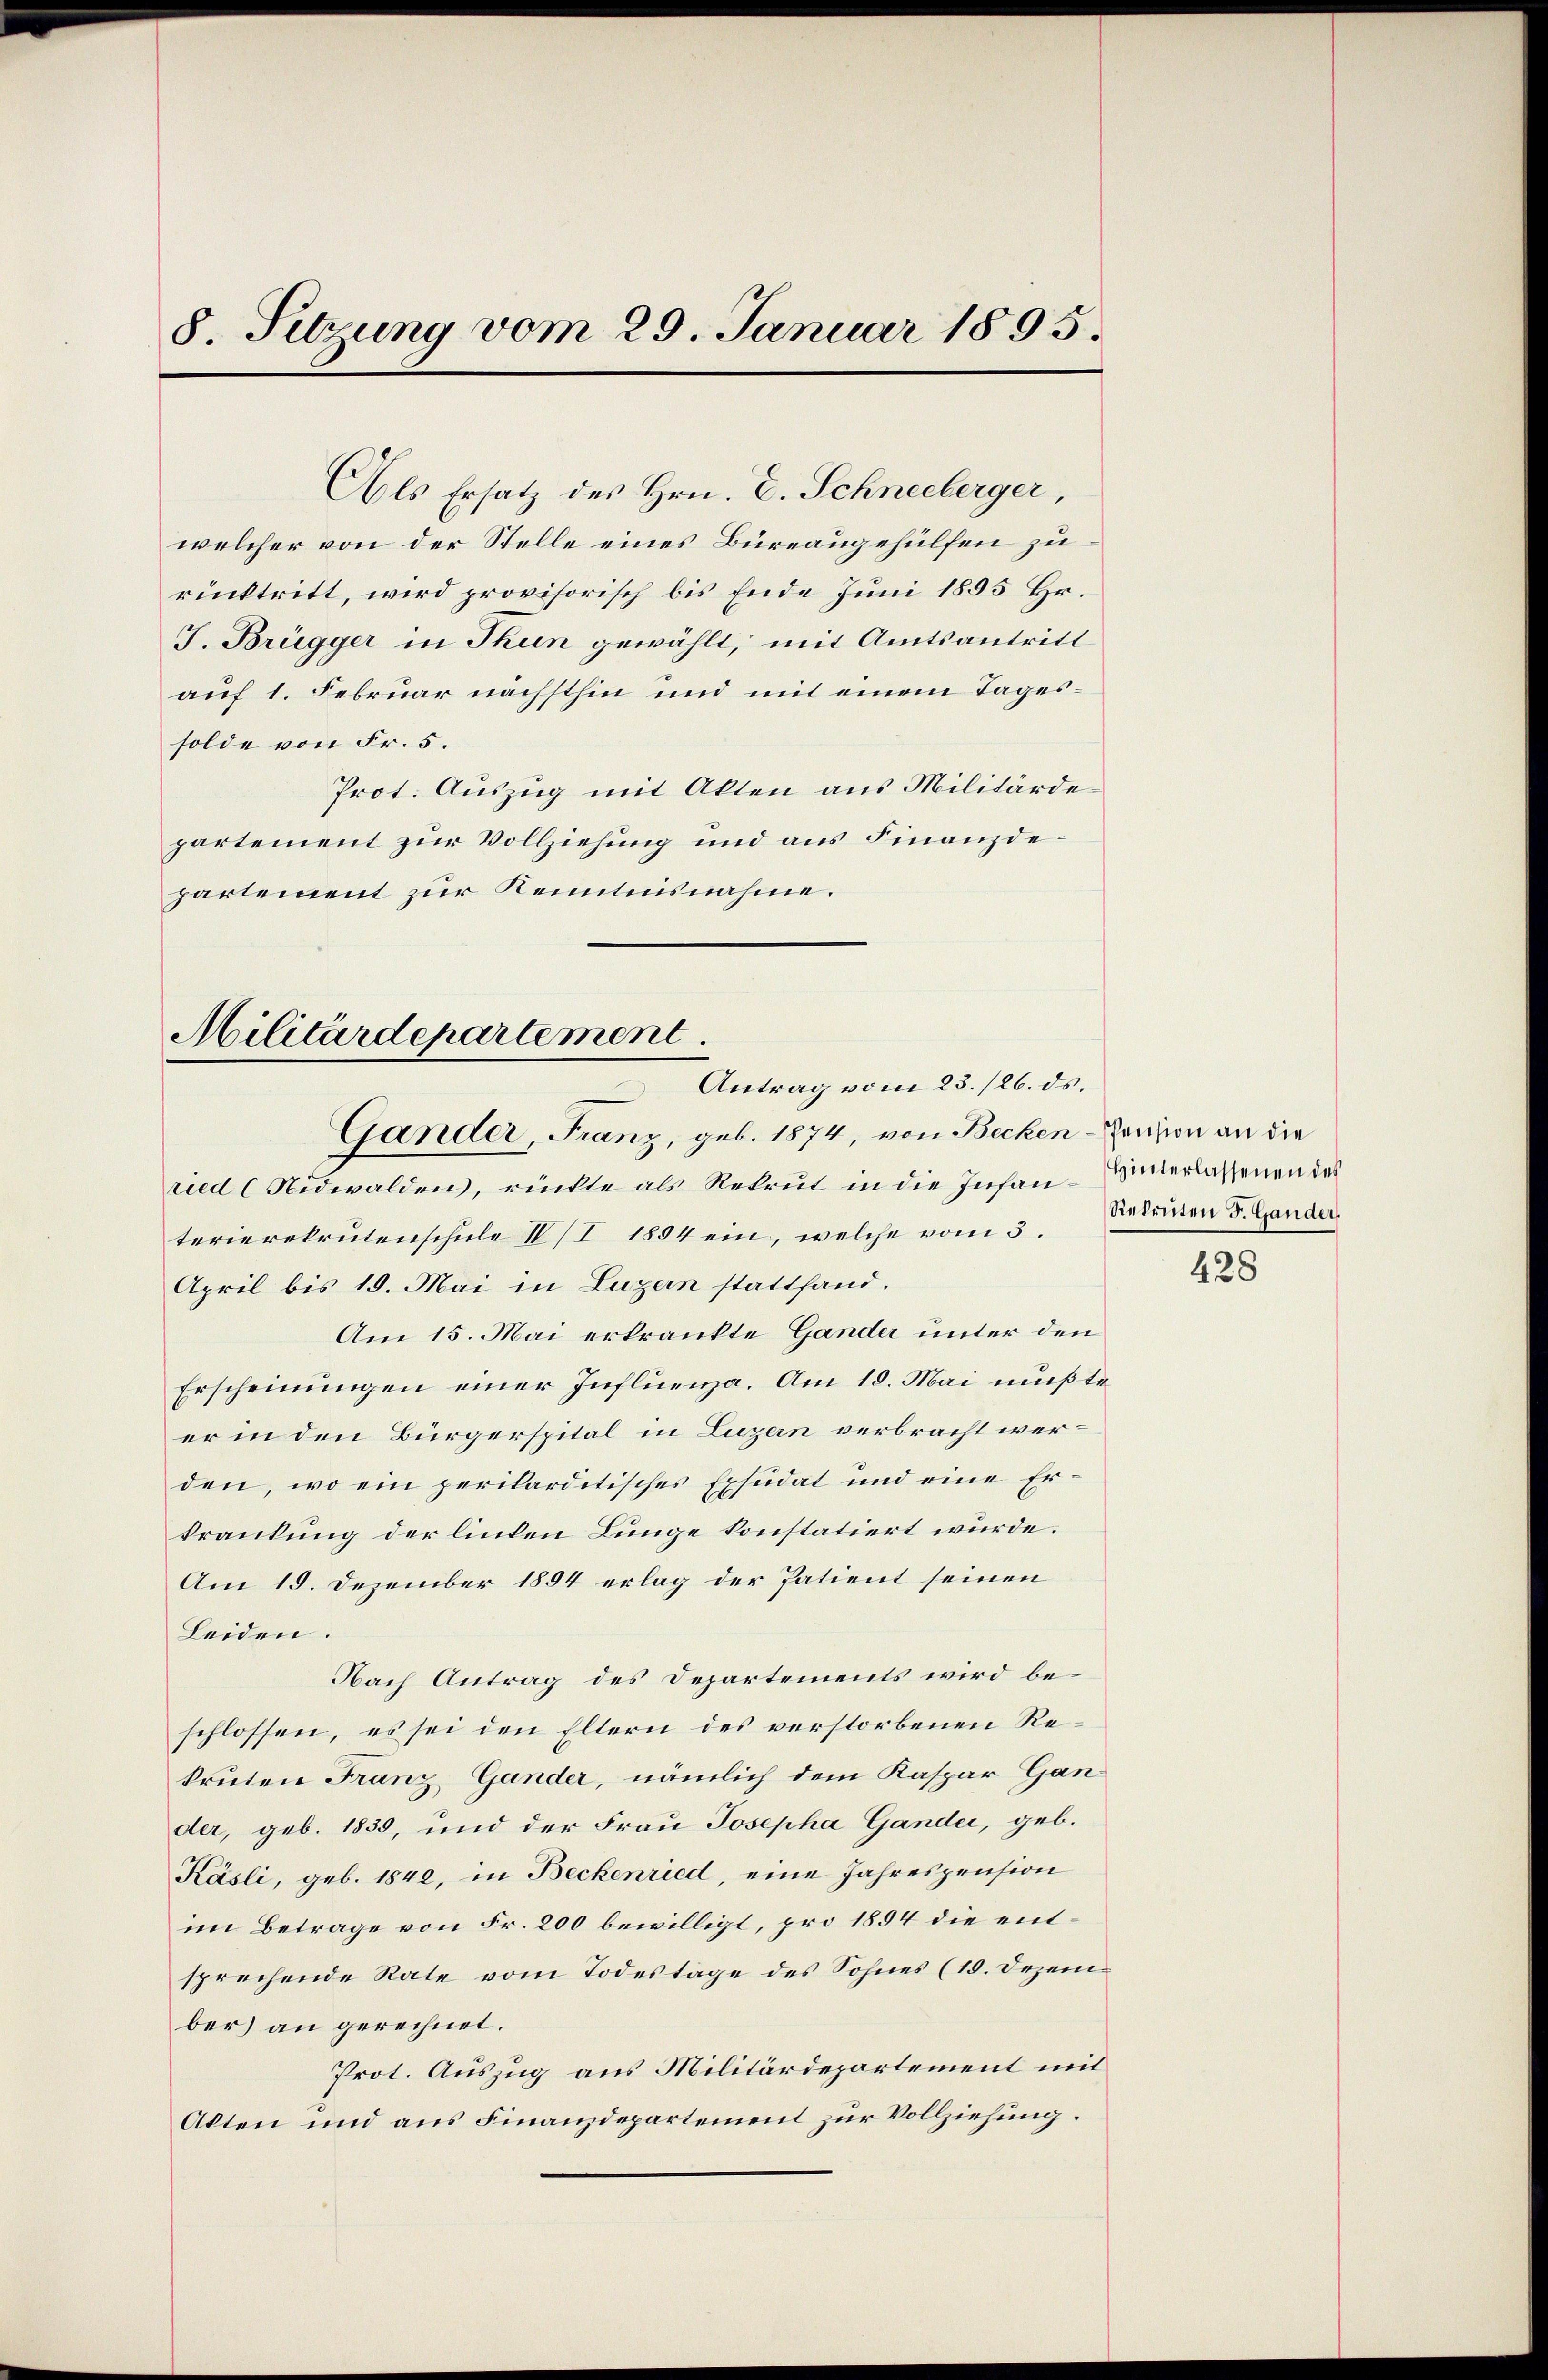
8. Sitzung vom 29. Januar 1895.

welcher von der Stelle eines Büreaugehülfen zu
rücktritt, wird provisorisch bis Ende Juni 1895 Hr.
J. Brügger in Thun gewählt, mit Amtsantritt
auf 1. Februar nächsthin und mit einem Tagessolde von Fr. 5.
Prot. Auszug mit Akten aus Militärdepartement zur Vollziehung und aus Finanzdepartement zur Kenntnisnahme.

Als Ersatz des Hrn. E. Schneeberger,

Militärdepartement.
Antrag vom 23./26. ds.
.

Gander, Franz, geb. 1874, von Becken-Pension an die
ried (Nidwalden, rückte als Rekrut in die Infan-interlassenen des
terierekrutenschule IV/I 1894 ein, welche vom 3.
April bis 19. Mai in Luzern stattfand.
Am 15. Mai erkrankte Gander unter den
Erscheinungen einer Influenza. Am 15. Mai mußte
er in den Bürgerspital in Luzern verbracht werden, wo ein perilarditisches Exsudat und eine Erkrankung der linten Lunge konstatiert würde.
Am 15. Dezember 1894 erlag der Patient seinen
Leiden.
Nach Antrag des Departements wird beschlossen, es sei den Eltern des verstorbenen Rekruten Franz Gander, nämlich dem Kaspar Gander, geb. 1839, und der Frau Josepha Gander, geb.
Käsli, geb. 1840, in Beckenried, eine Jahrespension
im Betrage von Fr. 200 bewilligt, pro 1854 die entsprechende Rate vom Todestage des Sohnes (19. Dezember) an gerechnet.
Prot. Auszug aus Militärdepartement mit
Akten und aus Finanzdepartement zur Vollziehung.

Rekruten F. Gander,

428